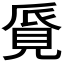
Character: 𧠨